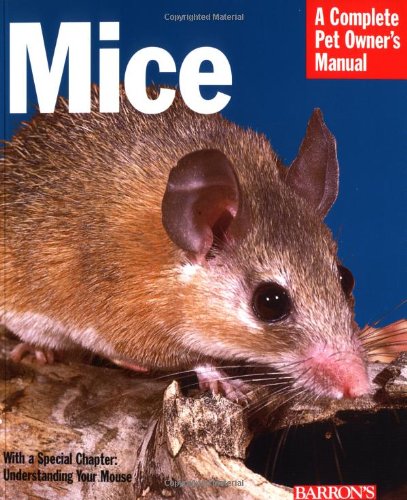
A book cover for Mice (Complete Pet Owner's Manuals); Sharon Vanderlip; Crafts, Hobbies & Home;